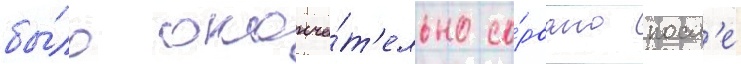
бы́ло оконча́т'ельно со́рвано посл'е